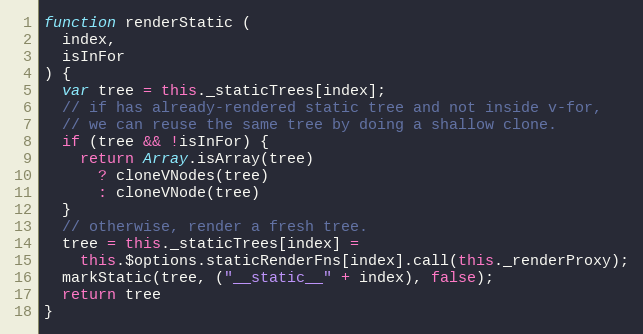
Language: JavaScript
function renderStatic (
  index,
  isInFor
) {
  var tree = this._staticTrees[index];
  // if has already-rendered static tree and not inside v-for,
  // we can reuse the same tree by doing a shallow clone.
  if (tree && !isInFor) {
    return Array.isArray(tree)
      ? cloneVNodes(tree)
      : cloneVNode(tree)
  }
  // otherwise, render a fresh tree.
  tree = this._staticTrees[index] =
    this.$options.staticRenderFns[index].call(this._renderProxy);
  markStatic(tree, ("__static__" + index), false);
  return tree
}